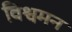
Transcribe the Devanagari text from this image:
विश्वमन